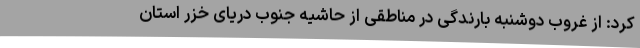
کرد: از غروب دوشنبه بارندگی در مناطقی از حاشیه جنوب دریای خزر استان